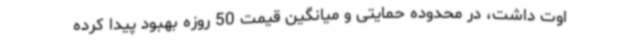
اوت داشت، در محدوده حمایتی و میانگین قیمت 50 روزه بهبود پیدا کرده